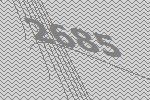
2685